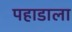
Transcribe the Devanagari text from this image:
पहाडाला